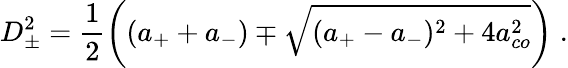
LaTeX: D_{\pm}^{2}=\frac{1}{2}\bigg((a_{+}+a_{-})\mp\sqrt{(a_{+}-a_{-})^{2}+4a_{co}^{2}}\bigg)\; .